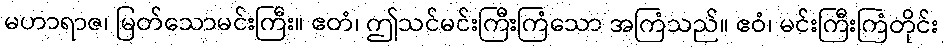
မဟာရာဇ၊ မြတ်သောမင်းကြီး။ ဧတံ၊ ဤသင်မင်းကြီးကြံသော အကြံသည်။ ဧဝံ၊ မင်းကြီးကြံတိုင်း